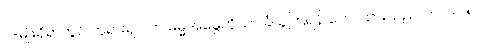
၂-မျိုးရှိရာတွင် ဘုရားရှင် က ဓမ္မအမွေကိုသာ ခံယူကြရန် ဟောထားသည်၊ ၁-ပါ-၁၅၊